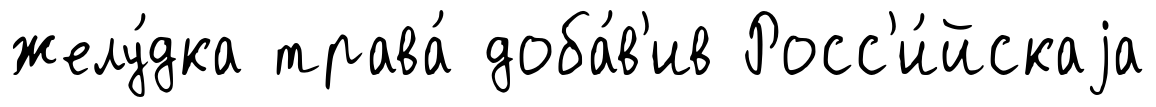
желу́дка трава́ доба́в'ив Росс'и́йскаjа